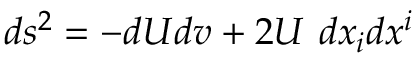
d s ^ { 2 } = - d U d v + 2 U \ d x _ { i } d x ^ { i }